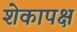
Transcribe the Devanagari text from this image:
शेकापक्ष